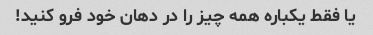
یا فقط یکباره همه چیز را در دهان خود فرو کنید!